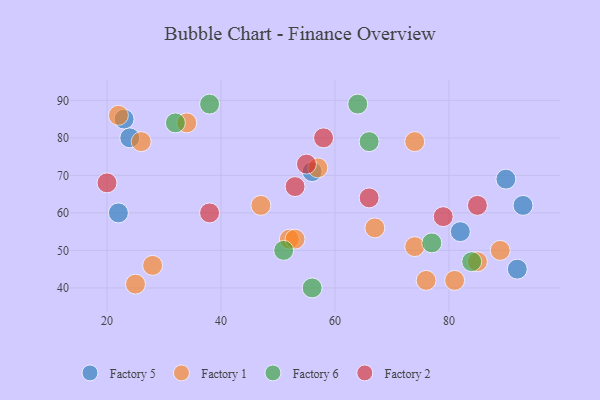
{"axis": {"x": "GDP", "y": "Life Expectancy"}, "legend": ["Factory 1", "Factory 2", "Factory 5", "Factory 6"], "data": [{"x": "23", "y": 85, "type": "Factory 5"}, {"x": "93", "y": 62, "type": "Factory 5"}, {"x": "82", "y": 55, "type": "Factory 5"}, {"x": "56", "y": 71, "type": "Factory 5"}, {"x": "90", "y": 69, "type": "Factory 5"}, {"x": "24", "y": 80, "type": "Factory 5"}, {"x": "92", "y": 45, "type": "Factory 5"}, {"x": "22", "y": 60, "type": "Factory 5"}, {"x": "67", "y": 56, "type": "Factory 1"}, {"x": "28", "y": 46, "type": "Factory 1"}, {"x": "47", "y": 62, "type": "Factory 1"}, {"x": "52", "y": 53, "type": "Factory 1"}, {"x": "74", "y": 79, "type": "Factory 1"}, {"x": "22", "y": 86, "type": "Factory 1"}, {"x": "76", "y": 42, "type": "Factory 1"}, {"x": "53", "y": 53, "type": "Factory 1"}, {"x": "34", "y": 84, "type": "Factory 1"}, {"x": "74", "y": 51, "type": "Factory 1"}, {"x": "57", "y": 72, "type": "Factory 1"}, {"x": "81", "y": 42, "type": "Factory 1"}, {"x": "85", "y": 47, "type": "Factory 1"}, {"x": "26", "y": 79, "type": "Factory 1"}, {"x": "25", "y": 41, "type": "Factory 1"}, {"x": "89", "y": 50, "type": "Factory 1"}, {"x": "66", "y": 79, "type": "Factory 6"}, {"x": "38", "y": 89, "type": "Factory 6"}, {"x": "64", "y": 89, "type": "Factory 6"}, {"x": "56", "y": 40, "type": "Factory 6"}, {"x": "84", "y": 47, "type": "Factory 6"}, {"x": "51", "y": 50, "type": "Factory 6"}, {"x": "77", "y": 52, "type": "Factory 6"}, {"x": "32", "y": 84, "type": "Factory 6"}, {"x": "55", "y": 73, "type": "Factory 2"}, {"x": "38", "y": 60, "type": "Factory 2"}, {"x": "79", "y": 59, "type": "Factory 2"}, {"x": "20", "y": 68, "type": "Factory 2"}, {"x": "53", "y": 67, "type": "Factory 2"}, {"x": "85", "y": 62, "type": "Factory 2"}, {"x": "66", "y": 64, "type": "Factory 2"}, {"x": "58", "y": 80, "type": "Factory 2"}]}